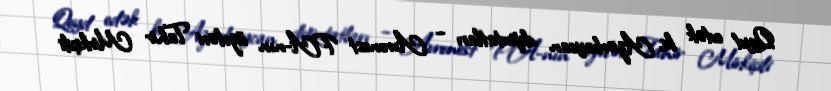
Qeyd edək ki, Azərbaycan deputatları – Avronest PA-nın üzvləri Tahir Mirkişili